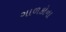
ગાળકોના